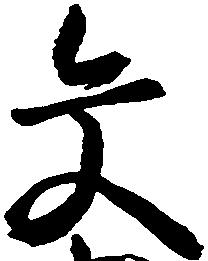
文